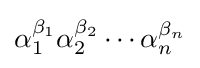
\alpha _{1}^{\beta _{1}}\alpha _{2}^{\beta _{2}}\cdots \alpha _{n}^{\beta _{n}}